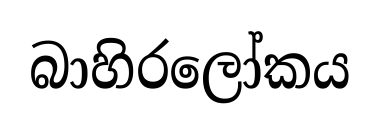
බාහිරලෝකය